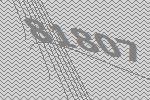
81807